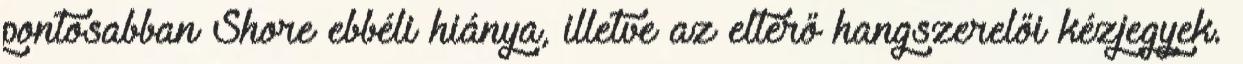
pontosabban Shore ebbéli hiánya, illetve az eltérő hangszerelői kézjegyek.